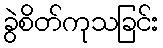
ခွဲစိတ်ကုသခြင်း